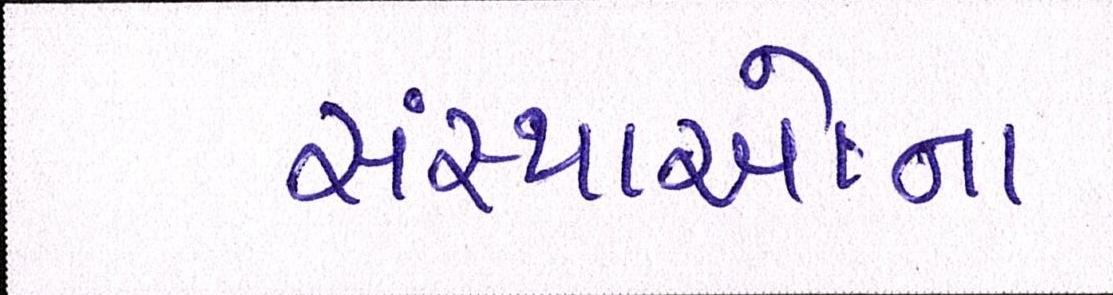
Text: સંસ્થાઓના